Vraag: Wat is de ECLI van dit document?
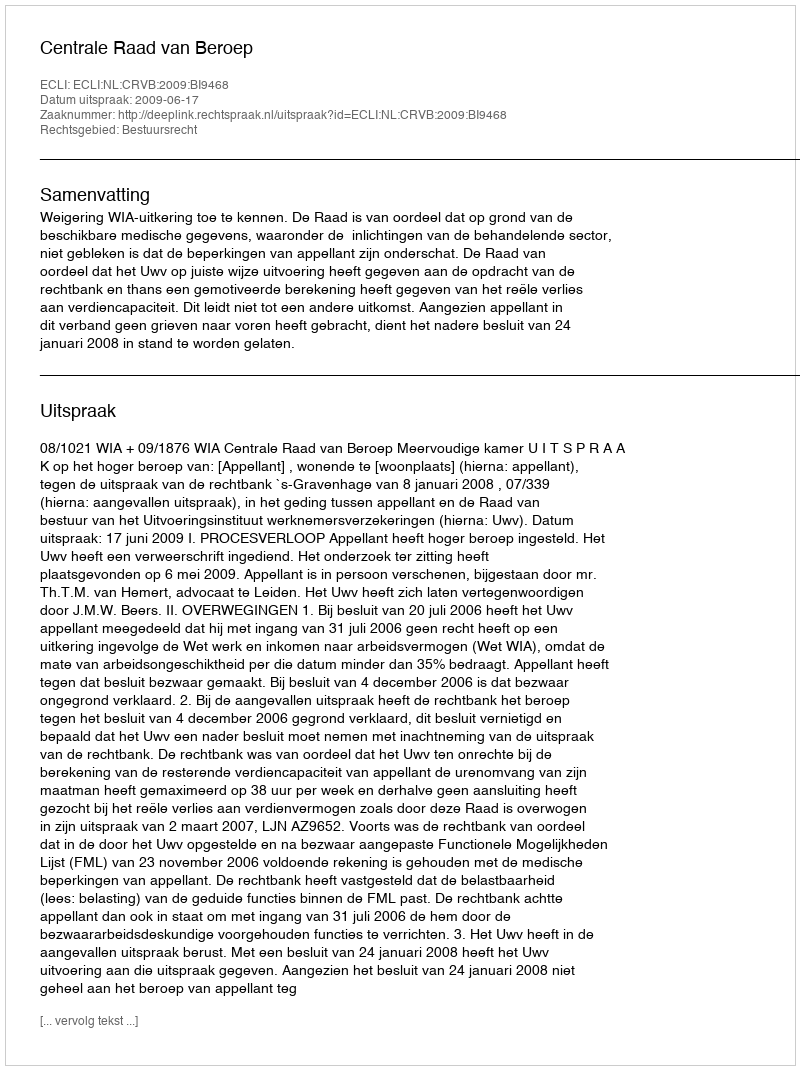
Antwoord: ECLI:NL:CRVB:2009:BI9468